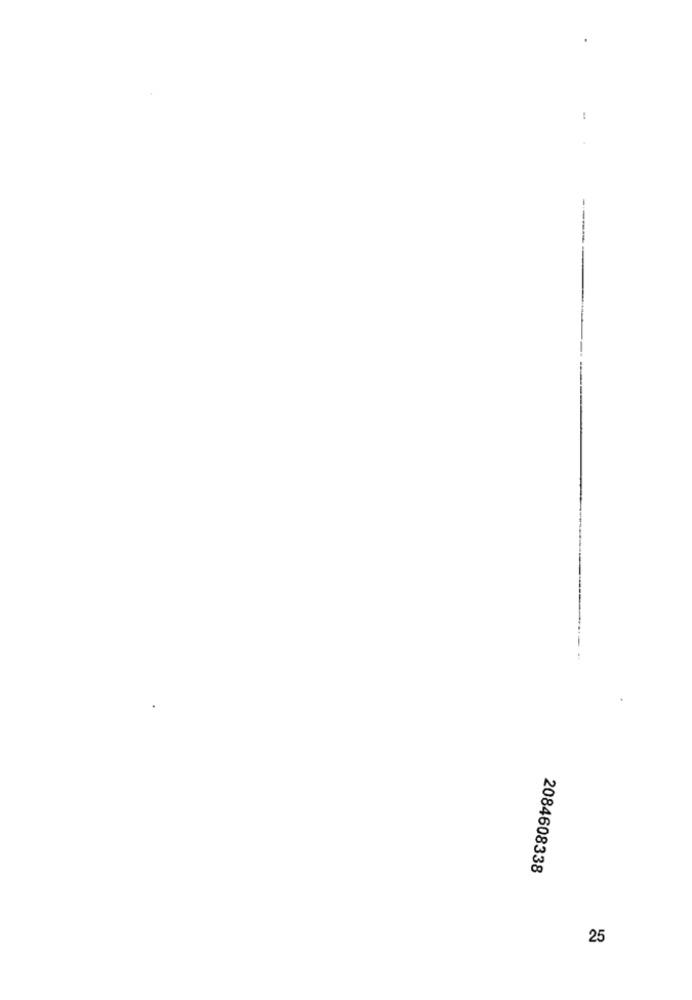
2084608338
25